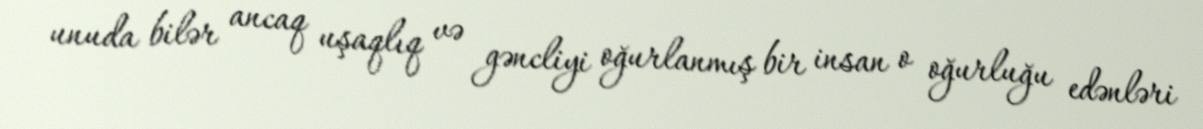
unuda bilər ancaq uşaqlıq və gəncliyi oğurlanmış bir insan o oğurluğu edənləri